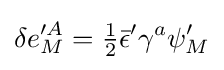
\delta e_{M}'^{A}={\tfrac {1}{2}}{\bar {\epsilon }}'\gamma ^{a}\psi _{M}'